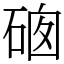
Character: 𥓁